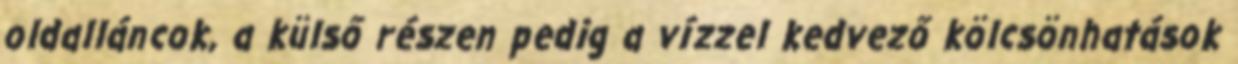
oldalláncok, a külső részen pedig a vízzel kedvező kölcsönhatások